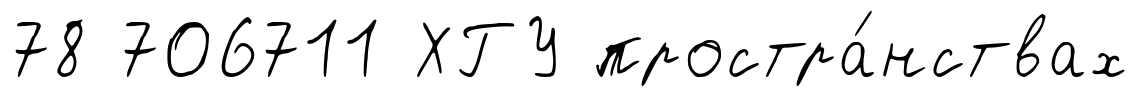
78 706711 ХГУ простра́нствах